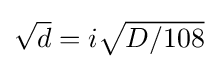
{\textstyle {\sqrt {d}}=i{\sqrt {D/108}}}